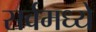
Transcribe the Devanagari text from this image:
सर्वमध्ये